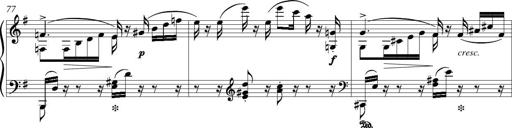
Title: Piano Sonatina in G major
Composer: Johan Peter Emilius Hartmann
Key: G major